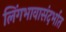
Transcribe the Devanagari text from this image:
लिंगभावासंदर्भात